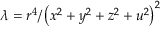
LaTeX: \lambda = r ^ { 4 } / \left( x ^ { 2 } + y ^ { 2 } + z ^ { 2 } + u ^ { 2 } \right) ^ { 2 }